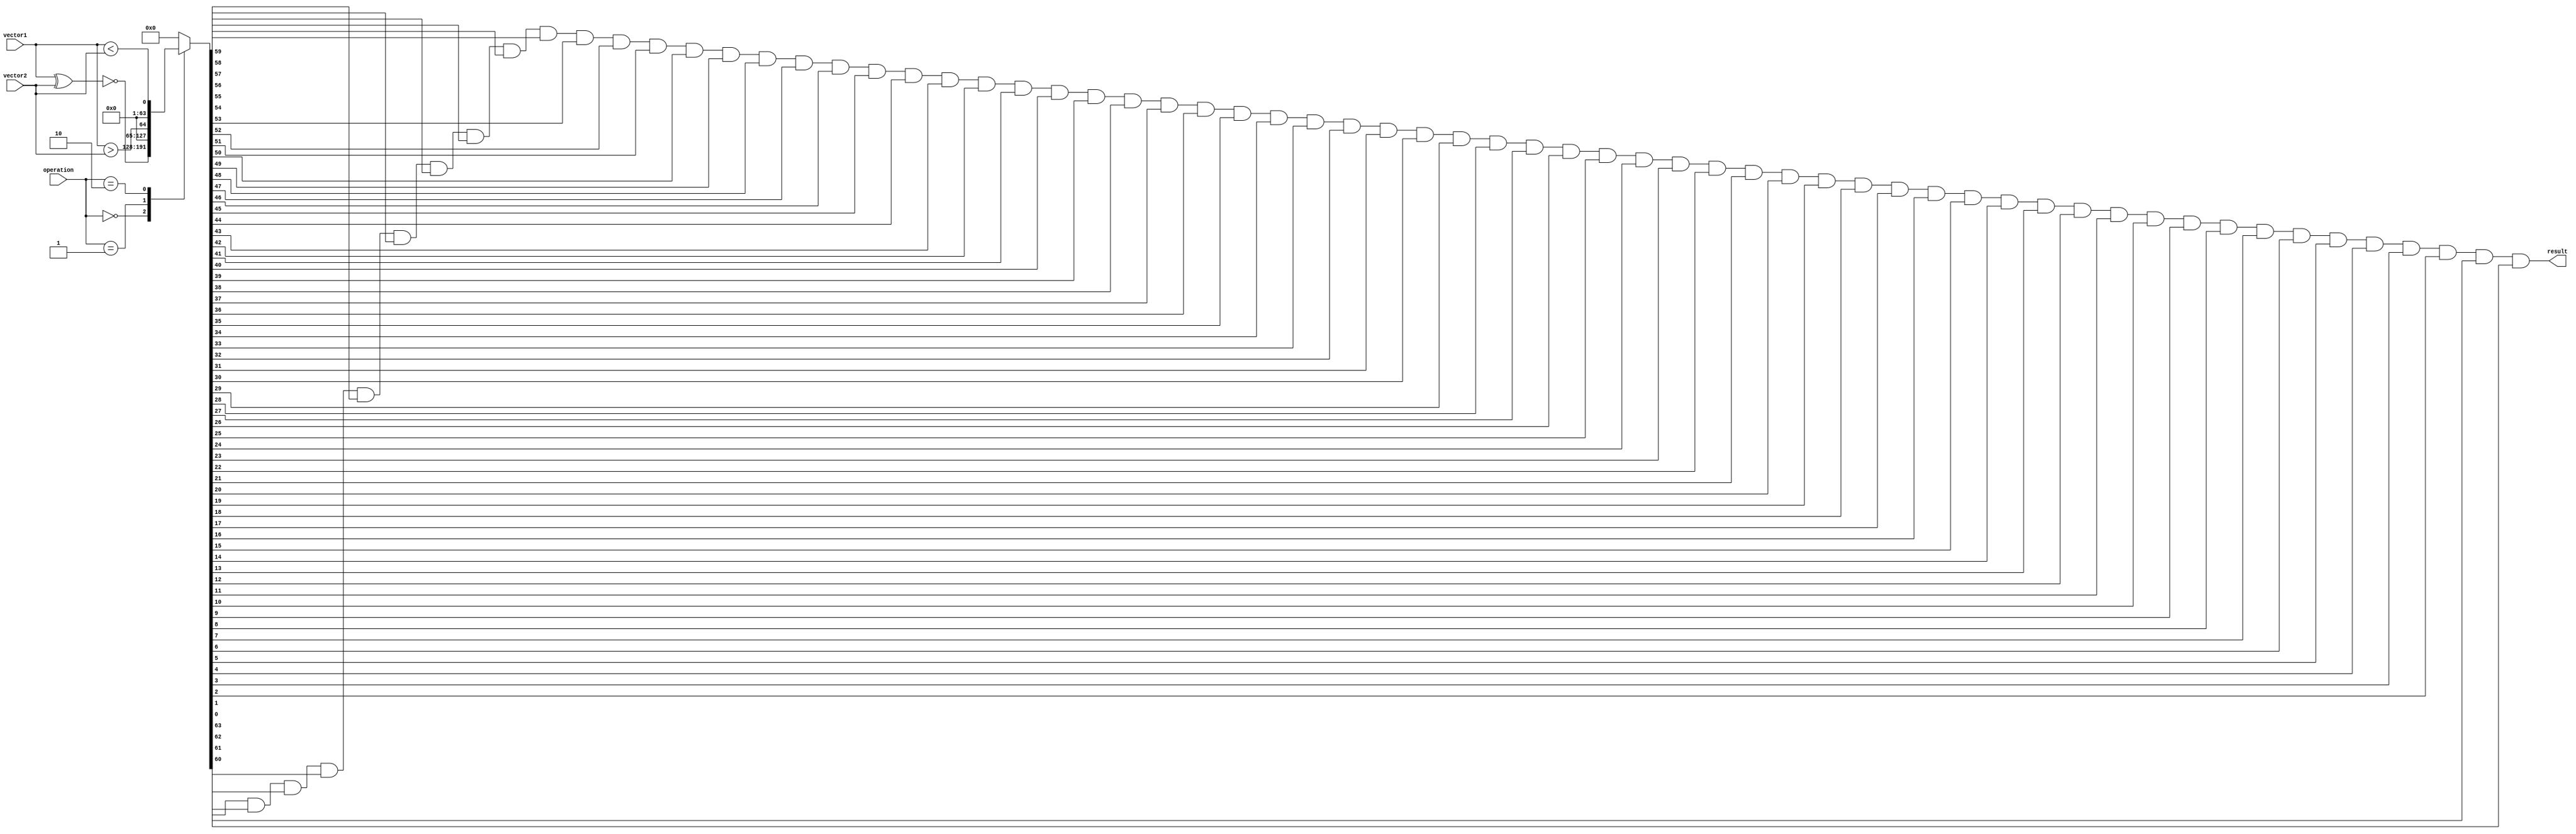
module comparator (
    input [63:0] vector1,
    input [63:0] vector2,
    input [1:0] operation, // 00: equal, 01: greater than, 10: less than
    output reg result
);

reg [63:0] tempResult;

always @* begin
    case(operation)
        2'b00: tempResult = ~(vector1 ^ vector2);
        2'b01: tempResult = vector1 > vector2;
        2'b10: tempResult = vector1 < vector2;
        default: tempResult = 64'h0;
    endcase
end

always @* begin
    result = tempResult[63] & 
    tempResult[62] & 
    tempResult[61] & 
    tempResult[60] & 
    tempResult[59] & 
    tempResult[58] & 
    tempResult[57] & 
    tempResult[56] & 
    tempResult[55] & 
    tempResult[54] & 
    tempResult[53] & 
    tempResult[52] & 
    tempResult[51] & 
    tempResult[50] & 
    tempResult[49] & 
    tempResult[48] & 
    tempResult[47] & 
    tempResult[46] & 
    tempResult[45] & 
    tempResult[44] & 
    tempResult[43] & 
    tempResult[42] & 
    tempResult[41] & 
    tempResult[40] & 
    tempResult[39] & 
    tempResult[38] & 
    tempResult[37] & 
    tempResult[36] & 
    tempResult[35] & 
    tempResult[34] & 
    tempResult[33] & 
    tempResult[32] & 
    tempResult[31] & 
    tempResult[30] & 
    tempResult[29] & 
    tempResult[28] & 
    tempResult[27] & 
    tempResult[26] & 
    tempResult[25] & 
    tempResult[24] & 
    tempResult[23] & 
    tempResult[22] & 
    tempResult[21] & 
    tempResult[20] & 
    tempResult[19] & 
    tempResult[18] & 
    tempResult[17] & 
    tempResult[16] & 
    tempResult[15] & 
    tempResult[14] & 
    tempResult[13] & 
    tempResult[12] & 
    tempResult[11] & 
    tempResult[10] & 
    tempResult[9] & 
    tempResult[8] & 
    tempResult[7] & 
    tempResult[6] & 
    tempResult[5] & 
    tempResult[4] & 
    tempResult[3] & 
    tempResult[2] & 
    tempResult[1] & 
    tempResult[0];
end

endmodule